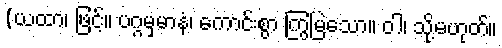
(ယထာ၊ ဖြင့်။ ပဂ္ဂမှမာနံ၊ ကောင်းစွာ ကြွမြဲသော။ ဝါ၊ သို့မဟုတ်။